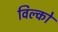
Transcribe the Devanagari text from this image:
विल्को